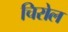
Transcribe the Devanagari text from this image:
चिरोल